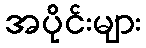
အပိုင်းများ